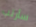
سأرتب